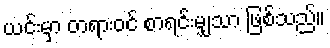
ယင်းမှာ တရားဝင် စာရင်းမျှသာ ဖြစ်သည်။